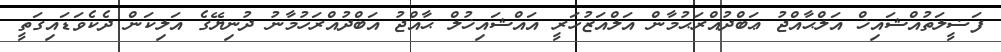
ފަޟީލަތުއްޝައިޚް އަލްޙާއްޖު ޢަބްދުއްރަޙުމާން އަލްއަޒުހަރީ އައްޝައިޚުލް ޙާއްޖު އަބްދުއްރަހުމާނު ދުނިޔޭގެ އަލިކަން ދެކެވަޑައިގަތީ